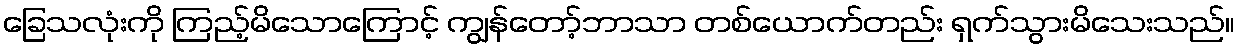
ခြေသလုံးကို ကြည့်မိသောကြောင့် ကျွန်တော့်ဘာသာ တစ်ယောက်တည်း ရှက်သွားမိသေးသည်။